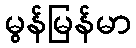
မွန်မြန်မာ